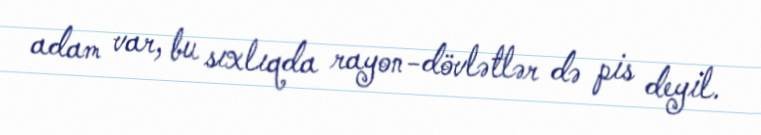
adam var, bu sıxlıqda rayon-dövlətlər də pis deyil.